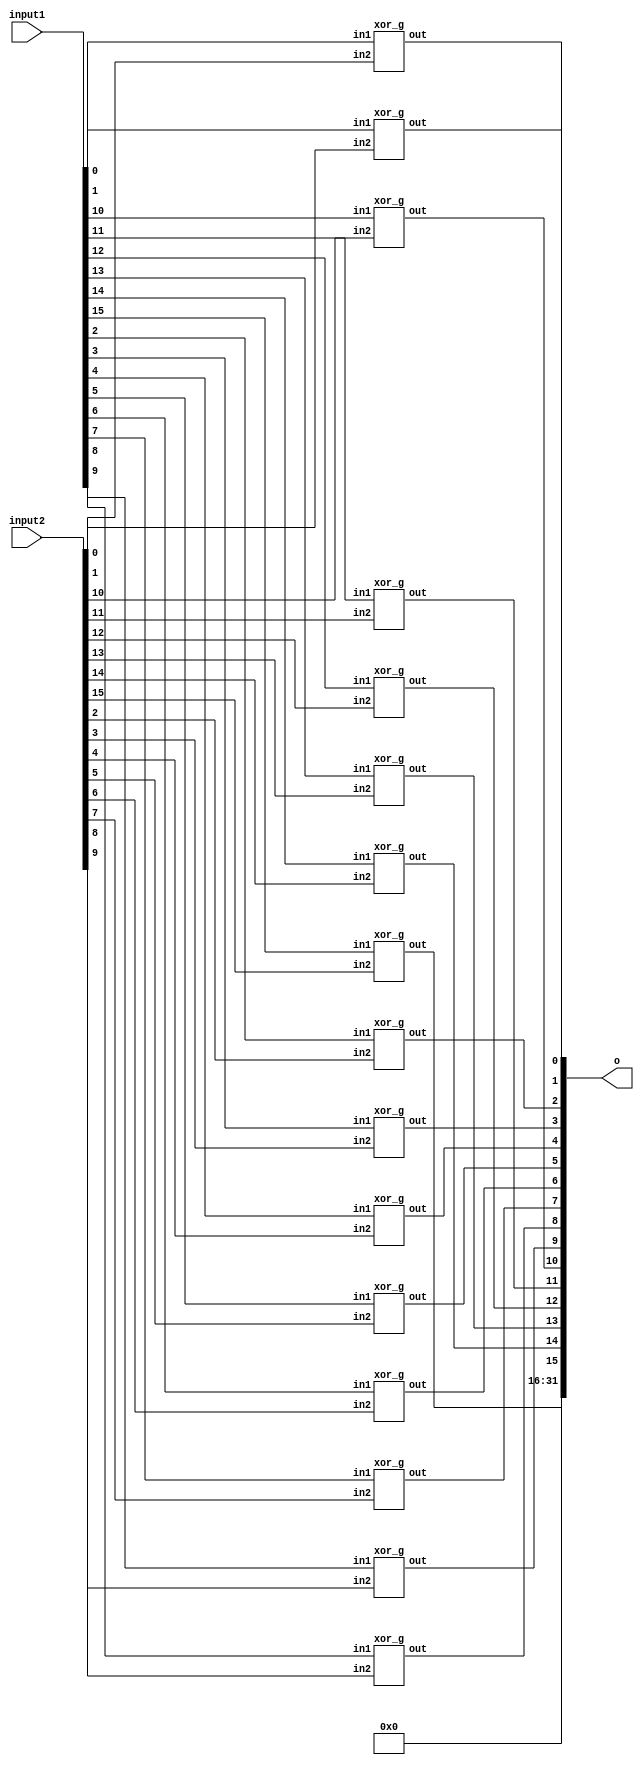
module xor_gate_32 (
	output reg [31:0]o,
  input [31:0] input1,
  input [31:0] input2
);

  // Internal wire declarations
  wire [15:0] xor_output;

  // xor gates for each bit
  xor_g xor0 (xor_output[0], input1[0], input2[0]);
  xor_g xor1 (xor_output[1], input1[1], input2[1]);
  xor_g xor2 (xor_output[2], input1[2], input2[2]);
  xor_g xor3 (xor_output[3], input1[3], input2[3]);
  xor_g xor4 (xor_output[4], input1[4], input2[4]);
  xor_g xor5 (xor_output[5], input1[5], input2[5]);
  xor_g xor6 (xor_output[6], input1[6], input2[6]);
  xor_g xor7 (xor_output[7], input1[7], input2[7]);
  xor_g xor8 (xor_output[8], input1[8], input2[8]);
  xor_g xor9 (xor_output[9], input1[9], input2[9]);
  xor_g xor10 (xor_output[10], input1[10], input2[10]);
  xor_g xor11 (xor_output[11], input1[11], input2[11]);
  xor_g xor12 (xor_output[12], input1[12], input2[12]);
  xor_g xor13 (xor_output[13], input1[13], input2[13]);
  xor_g xor14 (xor_output[14], input1[14], input2[14]);
  xor_g xor15 (xor_output[15], input1[15], input2[15]);

  // Assigning the output
  always @(xor_output)
    o = xor_output;

endmodule

// xor gate module
module xor_g (
  output wire out,
  input wire in1,
  input wire in2
);

  assign out = in1 ^ in2;

endmodule
/*
module xor_gate_32(
  output reg [31:0] o,
  input [31:0] input1,
  input [31:0] input2
);

always @(input1, input2)
    o = input1 ^ input2;
endmodule
*/
/*
module xor_gate_32(
  output [31:0] o,
  input [31:0] input1,
  input [31:0] input2
);

assign o = input1 ^  input2;
endmodule
*/